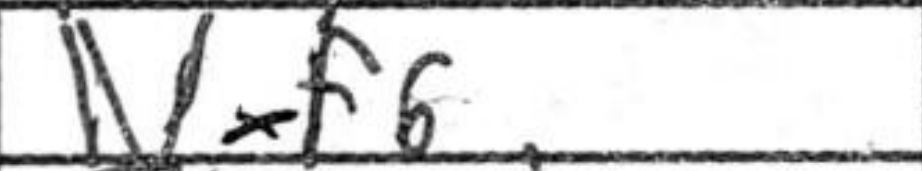
Transcription: Nxf6